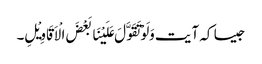
جیسا کہ آیت وَلَوْتَقَوَّلَ عَلَیْنَا بَعْضَ الْاَقَاوِیْلِ۔